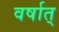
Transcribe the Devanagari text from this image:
वर्षात्